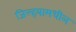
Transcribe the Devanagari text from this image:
जिल्हयामधील